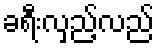
ခရီးလှည့်လည်